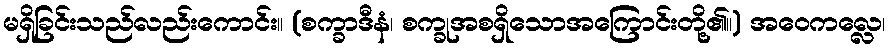
မရှိခြင်းသည်လည်းကောင်း။ (စက္ခာဒီနံ၊ စက္ခုအစရှိသောအကြောင်းတို့၏။) အဝေကလ္လေ၊